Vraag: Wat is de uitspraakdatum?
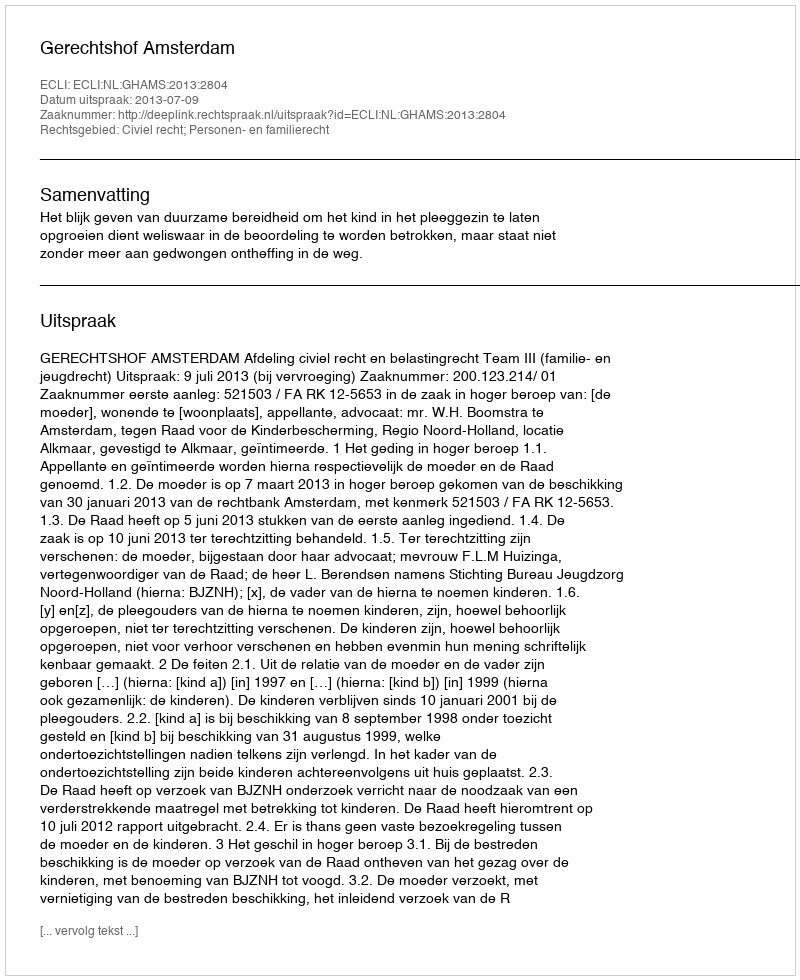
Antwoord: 2013-07-09